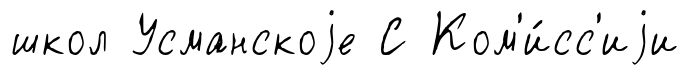
школ Усманскоjе С Ком'и́сс'иjи